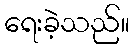
ရေးခဲ့သည်။